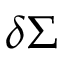
\delta \Sigma